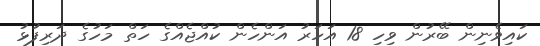
ކައިވެނިން ބޭރުން ވިހި 18 އަހަރު އަންހެން ކުއްޖެއްގެ ހަތް މަހުގެ ދަރިފުޅު